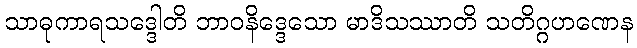
သာဓုကာရသဒ္ဒေါတိ ဘာဝနိဒ္ဒေသော မာဒိသဿာတိ သတိဂ္ဂဟဏေန